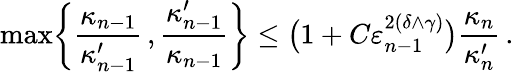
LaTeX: \operatorname*{max}\biggl\{ \frac{\kappa_{n-1}}{\kappa_{n-1}^{\prime}}\, ,\frac{\kappa_{n-1}^{\prime}}{\kappa_{n-1}}\biggr\} \leq\bigl(1+C\varepsilon_{n-1}^{2(\delta\wedge\gamma)}\bigr)\frac{\kappa_{n}}{\kappa_{n}^{\prime}}\, .